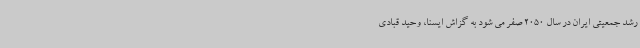
رشد جمعیتی ایران در سال 2050 صفر می شود به گزاش ایسنا، وحید قبادی